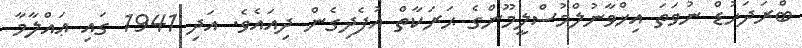
ބްރަދަހުޑް ނުވަތަ އިޚްވާނުލްމުސްލީމޫންގެ ޙަރަކާތް އުފެދިގެން ދިއައެވެ. އަދި 1941 ގައި ޢައްލާމާ